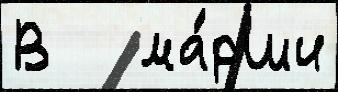
В   ма́рши